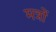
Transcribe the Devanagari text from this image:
मत्रों